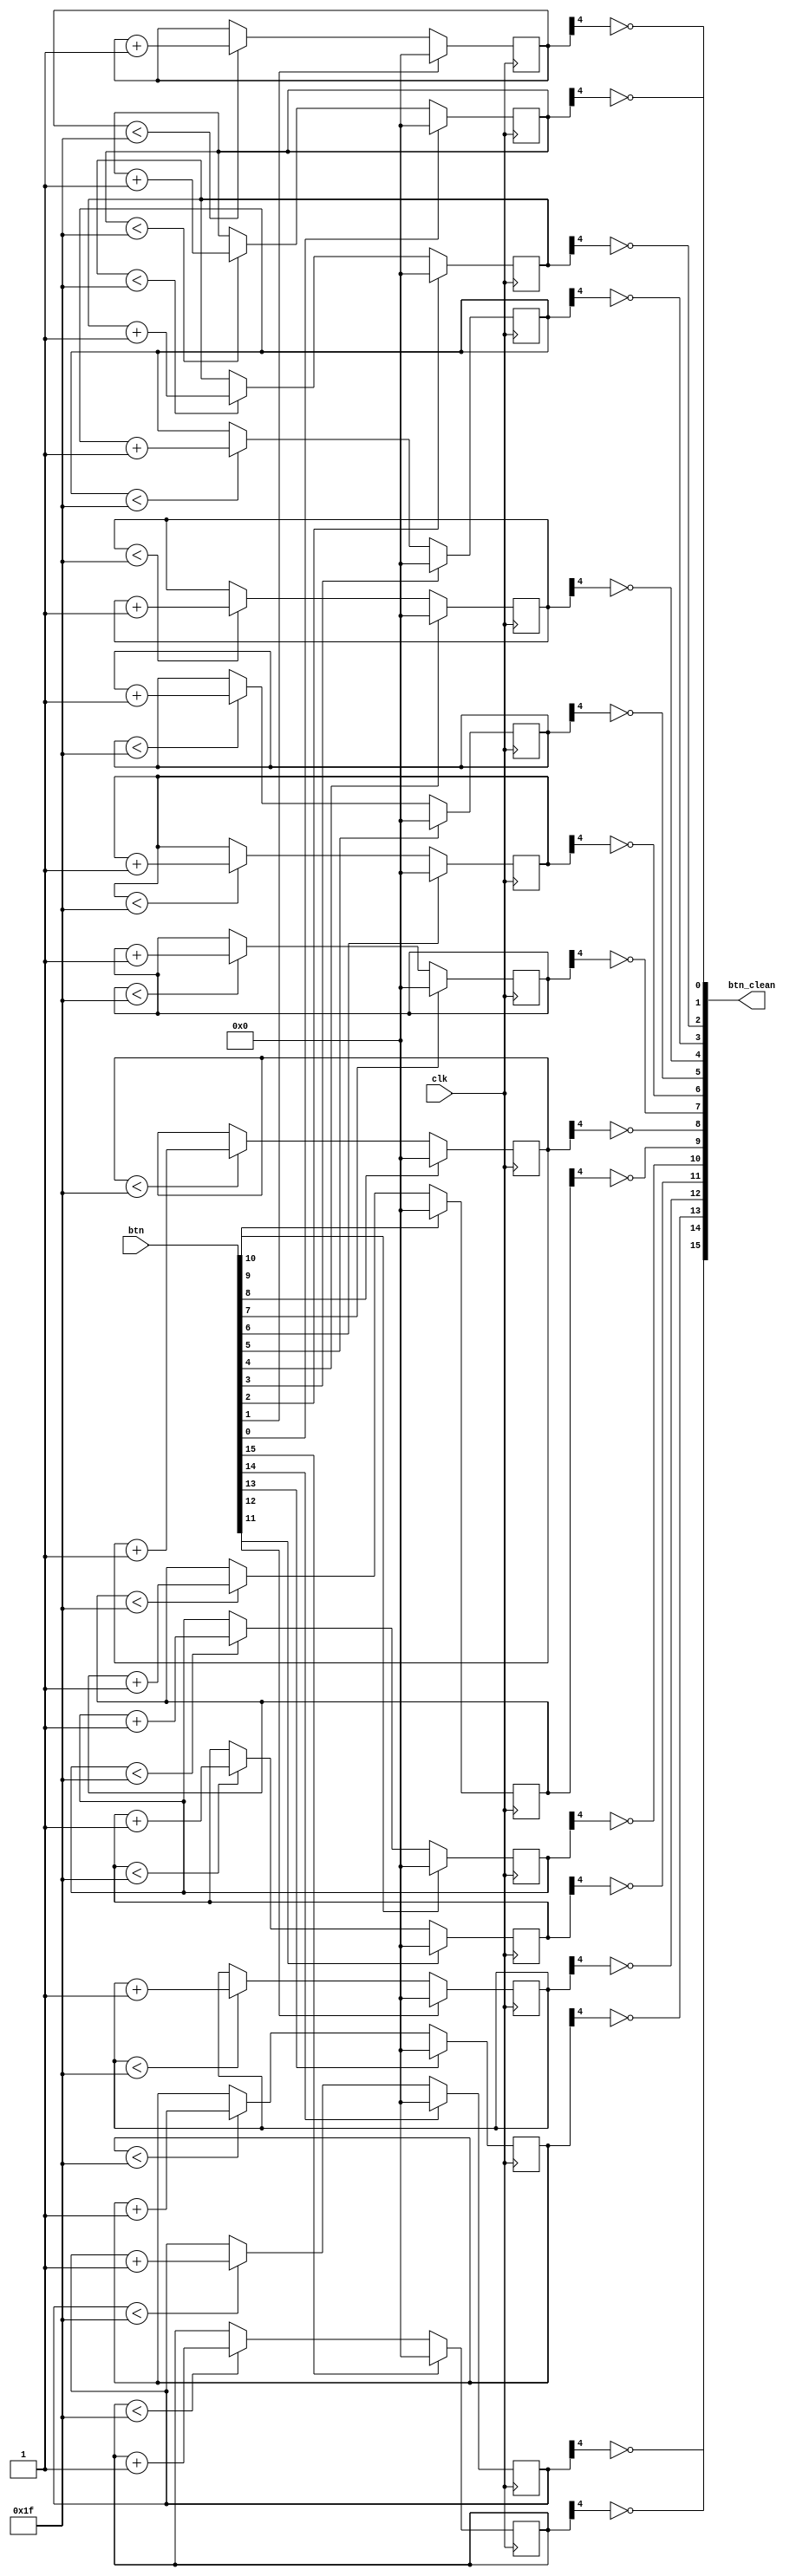
`timescale 1ns / 1ps
//////////////////////////////////////////////////////////////////////////////////
// Company: 
// Engineer: 
// 
// Design Name: 
// Module Name: BTN_CLEAN2
// Project Name: 
// Target Devices: 
// Tool Versions: 
// Description: 
// 
// Dependencies: 
// 
// Revision:
// Revision 0.01 - File Created
// Additional Comments:
// 
//////////////////////////////////////////////////////////////////////////////////


module BTN_CLEAN2 #(parameter WIDTH = 16)(
    input clk,
    input [WIDTH-1:0] btn,
    output [WIDTH-1:0] btn_clean 
);
    integer i;
    genvar j;
    reg [4:0] btn_cnt[0:WIDTH-1];
    always @(posedge clk) begin
        for(i = 0; i <= WIDTH - 1; i = i + 1) begin
            if(btn[i] == 1'b1)
                btn_cnt[i] <= 5'h0;
            else if(btn_cnt[i] < 5'h1F)
                btn_cnt[i] <= btn_cnt[i] + 1'b1;
            else
                btn_cnt[i] <= btn_cnt[i];
        end
    end
    for(j = 0; j <= WIDTH - 1; j = j + 1) begin
        assign btn_clean[j] = ~btn_cnt[j][4];
    end
endmodule